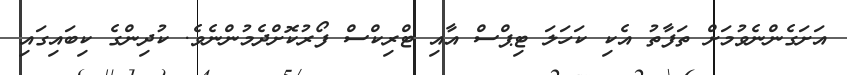
އަށަގެންނެވުމަށް ތަފާތު އެކި ކަހަލަ ޓިޕްސް އާއި ޓްރިކްސް ފޯރުކޮށްދެމުންނެވެ. ކުދިންގެ ކިބައިގައި